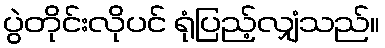
ပွဲတိုင်းလိုပင် ရုံပြည့်လျှံသည်။